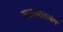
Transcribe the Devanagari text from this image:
सलाबातजंग